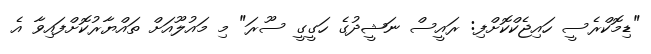
"ޑިމޮކްރެސީ ހައިޖެކްކޮށްފި: ރައީސް ނަޝީދުގެ ހަގީގީ ސޫރަ" މި މައުލޫއަށް ތައްޔާރުކޮށްފައިވާ އެ